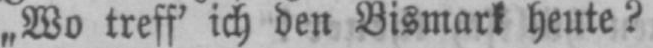
„Wo treff’ ich den Bismark heute?